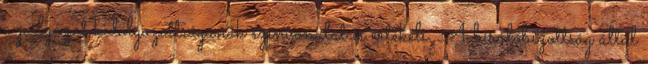
a pályázat kidolgozottságának színvonalát is értékeli. A bírálóbizottság által